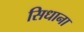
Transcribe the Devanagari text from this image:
सिधाना